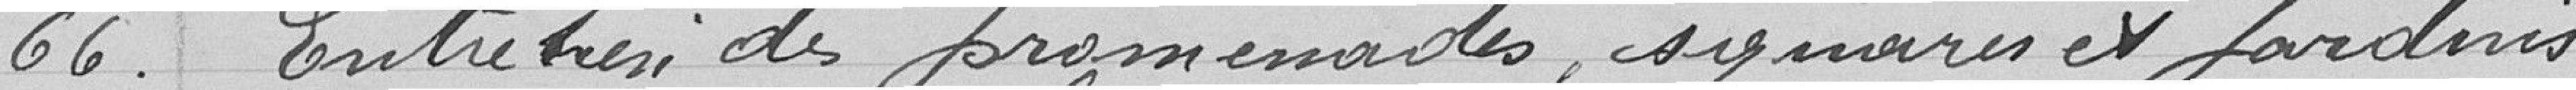
66. Entretien des